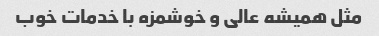
مثل همیشه عالی و خوشمزه با خدمات خوب